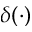
\delta ( \cdot )